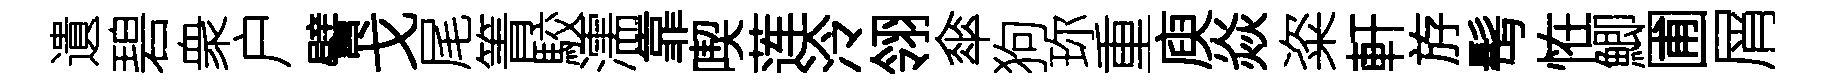
遺碧衆户譬戈尾箐駮濡靠喫莲泠翎傘狗珎重庾焱粢軒斿髩恠鯽圃屑